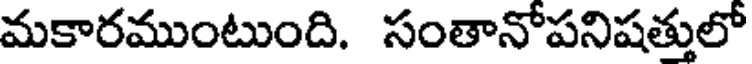
మకారముంటుంది. సంతానోపనిషత్తులో